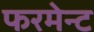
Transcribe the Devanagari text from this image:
फरमेन्ट